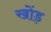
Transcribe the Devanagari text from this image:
खोंड़